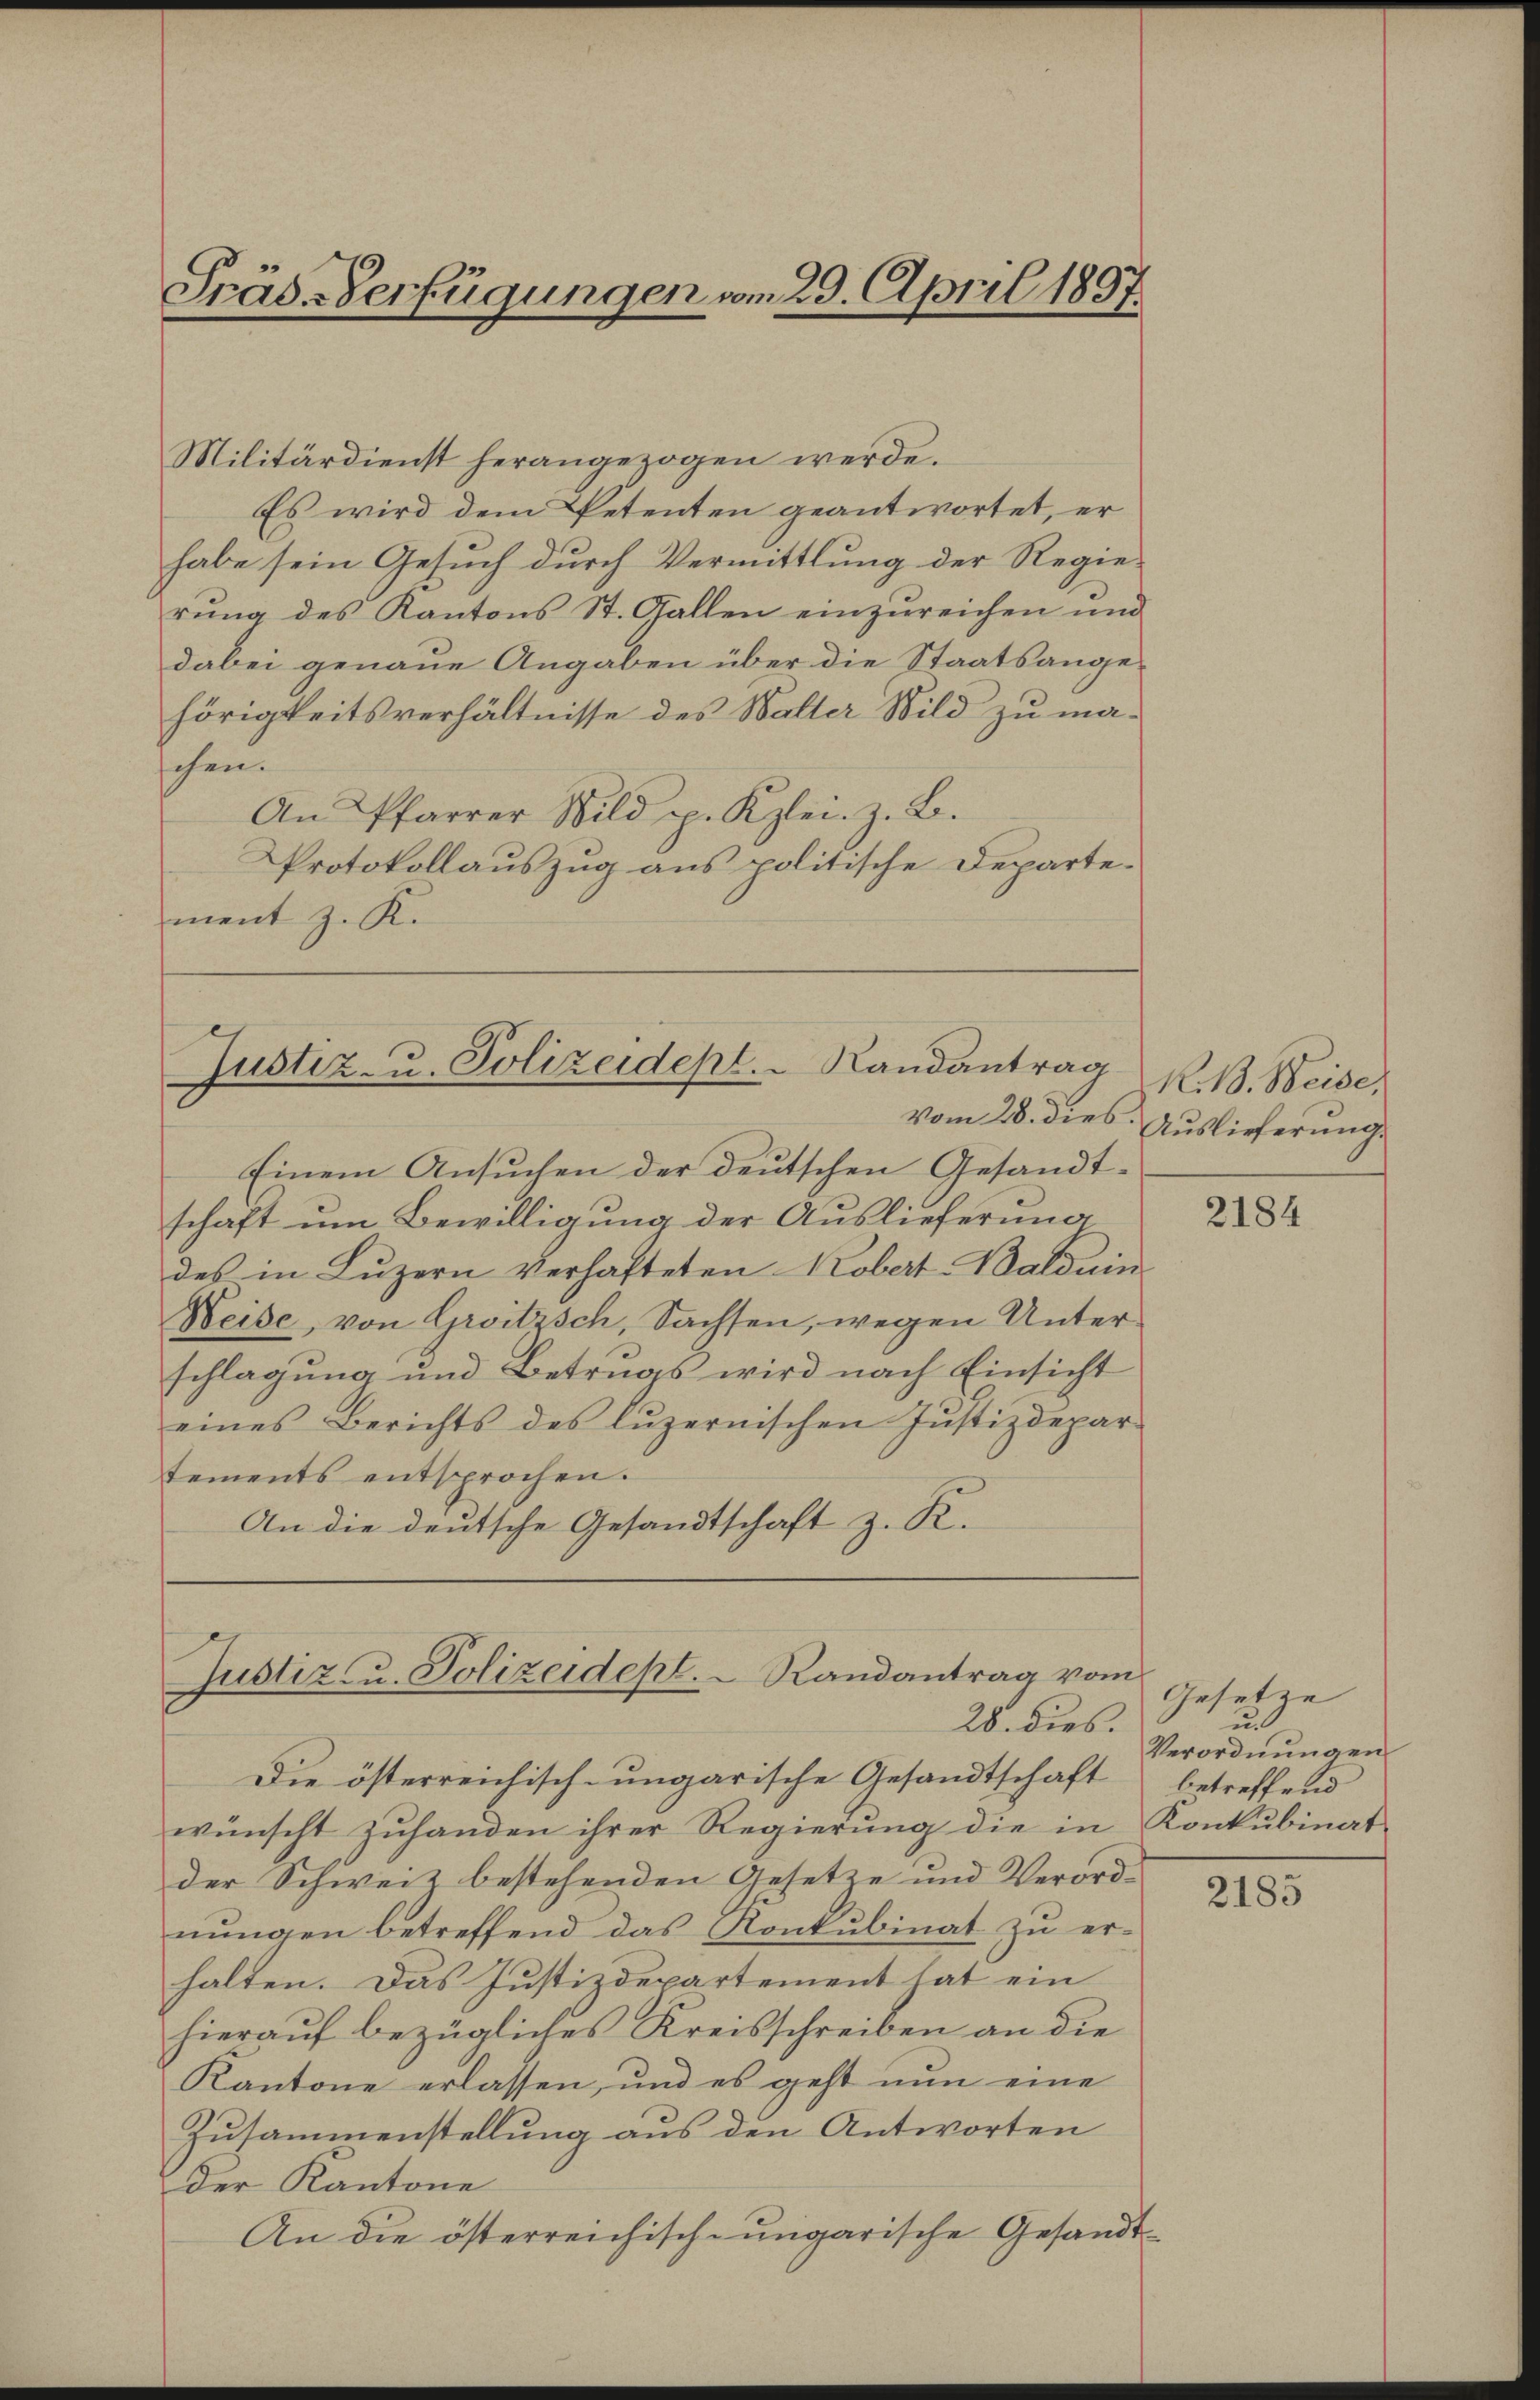
Präs. Verfügungen vom 29. April 1897.

Militärdienst herangezogen werde.
Es wird dem Petenten geantwortet, er
habe sein Gesuch durch Vermittlung der Regie-
rŭng des Kantons St. Gallen einzureichen und
dabei genaue Angaben über die Staatsangehörigkeitsverhältnisse des Walter Wild zu maschen.
An Pfarrer Bild p. Kzlei. z. B.
Protokollauszug aus politische Departement z. K.

Justiz- u. Polizeidept.   Randantrag

Justiz- u. Polizeidept. Randantrag vom
28. dies.

Einem Ansuchen der deutschen Gesandtschaft um Bewilligung der Auslieferung
des in Luzern verhafteten Kobert Waldun
Weise, von Groitzsch, Sachsen, wegen Unterschlagung und Betrugs wird nach Einsicht
eines Berichts des Lŭzernischen Jŭstizdepar-
tements entsprochen.
An die deutsche Gesandtschaft z. R.

R.13. Beise,
vom 28. dies Auslieferung.

Die österreichisch-ungarische Gesandtschaft
wünscht zuhanden ihrer Regierung die in Konkubinat
der Schweiz bestehenden Gesetze und Verord-
nungen betreffend das Konkubinat zu erhalten. Das Justizdepartement hat ein
hierauf bezügliches Kreisschreiben an die
Kantone erlassen, und es geht nun eine
Zusammenstellung aus den Antworten
der Kantone
An die österreichisch-ungarische Gesandt¬

2184

Gesetze
u.
Verordnungen
betreffend

2185